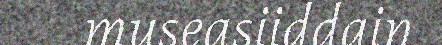
museasiiddain